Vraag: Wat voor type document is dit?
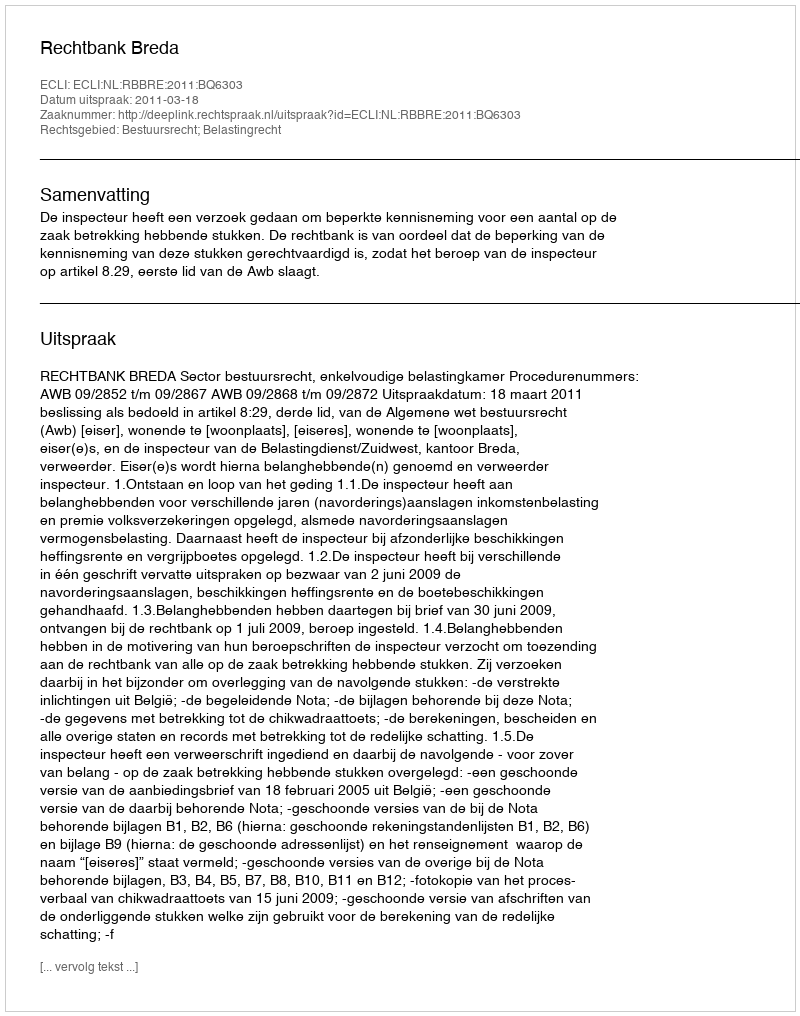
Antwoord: Uitspraak